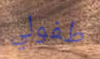
طفولي